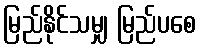
မြည်နိုင်သမျှ မြည်ပစေ